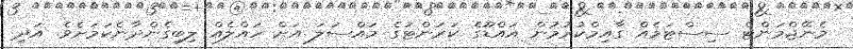
މެނޭޖްމަންޓް ސިސްޓަމެއް ގާއިމްކުރުމުން އައްޑޫގެ ކަރަންޓުގެ މައްސަލަ އަށް ހައްލެއް ލިބިގެންދާނެކަމަށެވެ. އަދި